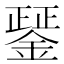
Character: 𨪱